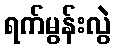
ရက်မွန်းလွဲ